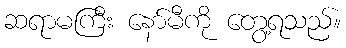
ဆရာမကြီး နော်မီကို တွေ့ရသည်။